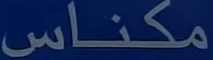
مكناس